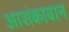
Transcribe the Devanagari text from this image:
आशंकावान